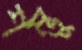
শম্ভু